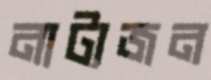
নাট্যজন